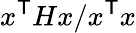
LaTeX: x^{\textsf{T}}Hx/x^{\textsf{T}}x